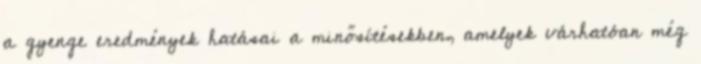
a gyenge eredmények hatásai a minősítésekben, amelyek várhatóan még